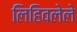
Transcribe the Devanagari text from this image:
लिहिवलेले